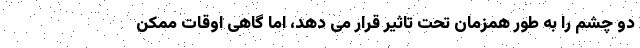
دو چشم را به طور همزمان تحت تاثیر قرار می دهد، اما گاهی اوقات ممکن